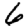
Digit: 6